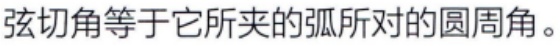
弦切角等于它所夹的弧所对的圆周角。弦切角等于它所夹的弧所对的圆周角。